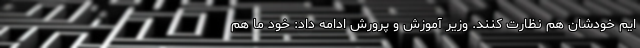
ایم خودشان هم نظارت کنند. وزیر آموزش و پرورش ادامه داد: خود ما هم